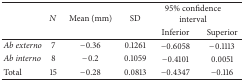
<table><thead><tr><td rowspan="2"></td><td rowspan="2"><b><i>N</i></b></td><td rowspan="2"><b>Mean (mm)</b></td><td rowspan="2"><b>SD</b></td><td colspan="2"><b>95% confidence interval</b></td></tr><tr><td><b>Inferior</b></td><td><b>Superior</b></td></tr></thead><tbody><tr><td><i>Ab externo</i></td><td>7</td><td>−0.36</td><td>0.1261</td><td>−0.6058</td><td>−0.1113</td></tr><tr><td><i>Ab interno</i></td><td>8</td><td>−0.2</td><td>0.1059</td><td>−0.4101</td><td>0.0051</td></tr><tr><td>Total</td><td>15</td><td>−0.28</td><td>0.0813</td><td>−0.4347</td><td>−0.116</td></tr></tbody></table>